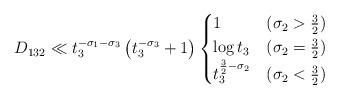
LaTeX: \begin{align*}D_{132} \ll t_3^{-\sigma_1-\sigma_3} \left( t_3^{-\sigma_3} +1 \right) \begin{cases}1 & (\sigma_2>\frac{3}{2}) \\\log t_3 & (\sigma_2=\frac{3}{2}) \\t_3^{\frac{3}{2}-\sigma_2} & (\sigma_2<\frac{3}{2}) \\\end{cases} \\\end{align*}